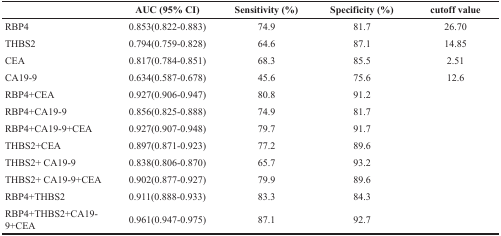
<table><thead><tr><td></td><td><b>AUC (95% CI)</b></td><td><b>Sensitivity (%)</b></td><td><b>Specificity (%)</b></td><td><b>cutoff value</b></td></tr></thead><tbody><tr><td>RBP4</td><td>0.853(0.822-0.883)</td><td>74.9</td><td>81.7</td><td>26.70</td></tr><tr><td>THBS2</td><td>0.794(0.759-0.828)</td><td>64.6</td><td>87.1</td><td>14.85</td></tr><tr><td>CEA</td><td>0.817(0.784-0.851)</td><td>68.3</td><td>85.5</td><td>2.51</td></tr><tr><td>CA19-9</td><td>0.634(0.587-0.678)</td><td>45.6</td><td>75.6</td><td>12.6</td></tr><tr><td>RBP4+CEA</td><td>0.927(0.906-0.947)</td><td>80.8</td><td>91.2</td><td></td></tr><tr><td>RBP4+CA19-9</td><td>0.856(0.825-0.888)</td><td>74.9</td><td>81.7</td><td></td></tr><tr><td>RBP4+CA19-9+CEA</td><td>0.927(0.907-0.948)</td><td>79.7</td><td>91.7</td><td></td></tr><tr><td>THBS2+CEA</td><td>0.897(0.871-0.923)</td><td>77.2</td><td>89.6</td><td></td></tr><tr><td>THBS2+ CA19-9</td><td>0.838(0.806-0.870)</td><td>65.7</td><td>93.2</td><td></td></tr><tr><td>THBS2+ CA19-9+CEA</td><td>0.902(0.877-0.927)</td><td>79.9</td><td>89.6</td><td></td></tr><tr><td>RBP4+THBS2</td><td>0.911(0.888-0.933)</td><td>83.3</td><td>84.3</td><td></td></tr><tr><td>RBP4+THBS2+CA19-9+CEA</td><td>0.961(0.947-0.975)</td><td>87.1</td><td>92.7</td><td></td></tr></tbody></table>